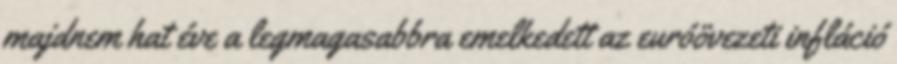
majdnem hat éve a legmagasabbra emelkedett az euróövezeti infláció